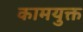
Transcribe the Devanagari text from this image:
कामयुक्त